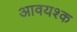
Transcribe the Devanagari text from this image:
आवयश्क